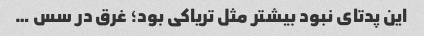
این پدتای نبود بیشتر مثل تریاکی بود؛ غرق در سس …